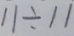
1 1 \div 1 1